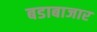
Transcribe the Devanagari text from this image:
बडाबाजार